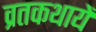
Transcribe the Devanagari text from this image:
व्रतकथायें